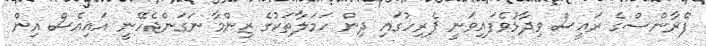
ފްރާންސްގެ ރައީސް ވިދާޅުވެފައިވަނީ ޕެރިހުގައި ދިން ހަމަލާތަކުގެ ޒިންމާ ނަގަންޖެހޭނީ އައިއެސް އިން